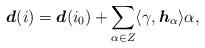
LaTeX: \begin{align*}\boldsymbol{d}(i)= \boldsymbol{d}(i_0)+\sum_{\alpha\in Z}\langle\gamma,\boldsymbol{h}_{\alpha}\rangle\alpha,\end{align*}